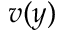
v ( y )